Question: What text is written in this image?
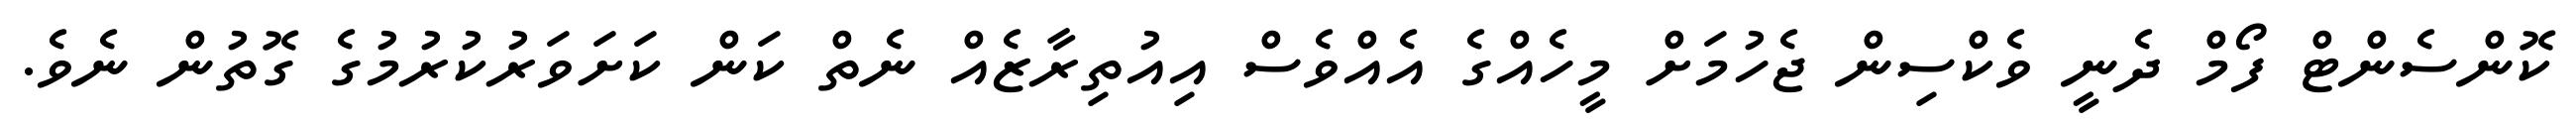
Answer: ކޮންސެންޓް ފޯމް ދެނީ ވެކްސިން ޖެހުމަށް މީހެއްގެ އެއްވެސް އިއުތިރާޒެއް ނެތް ކަން ކަށަވަރުކުރުމުގެ ގޮތުން ނެވެ.